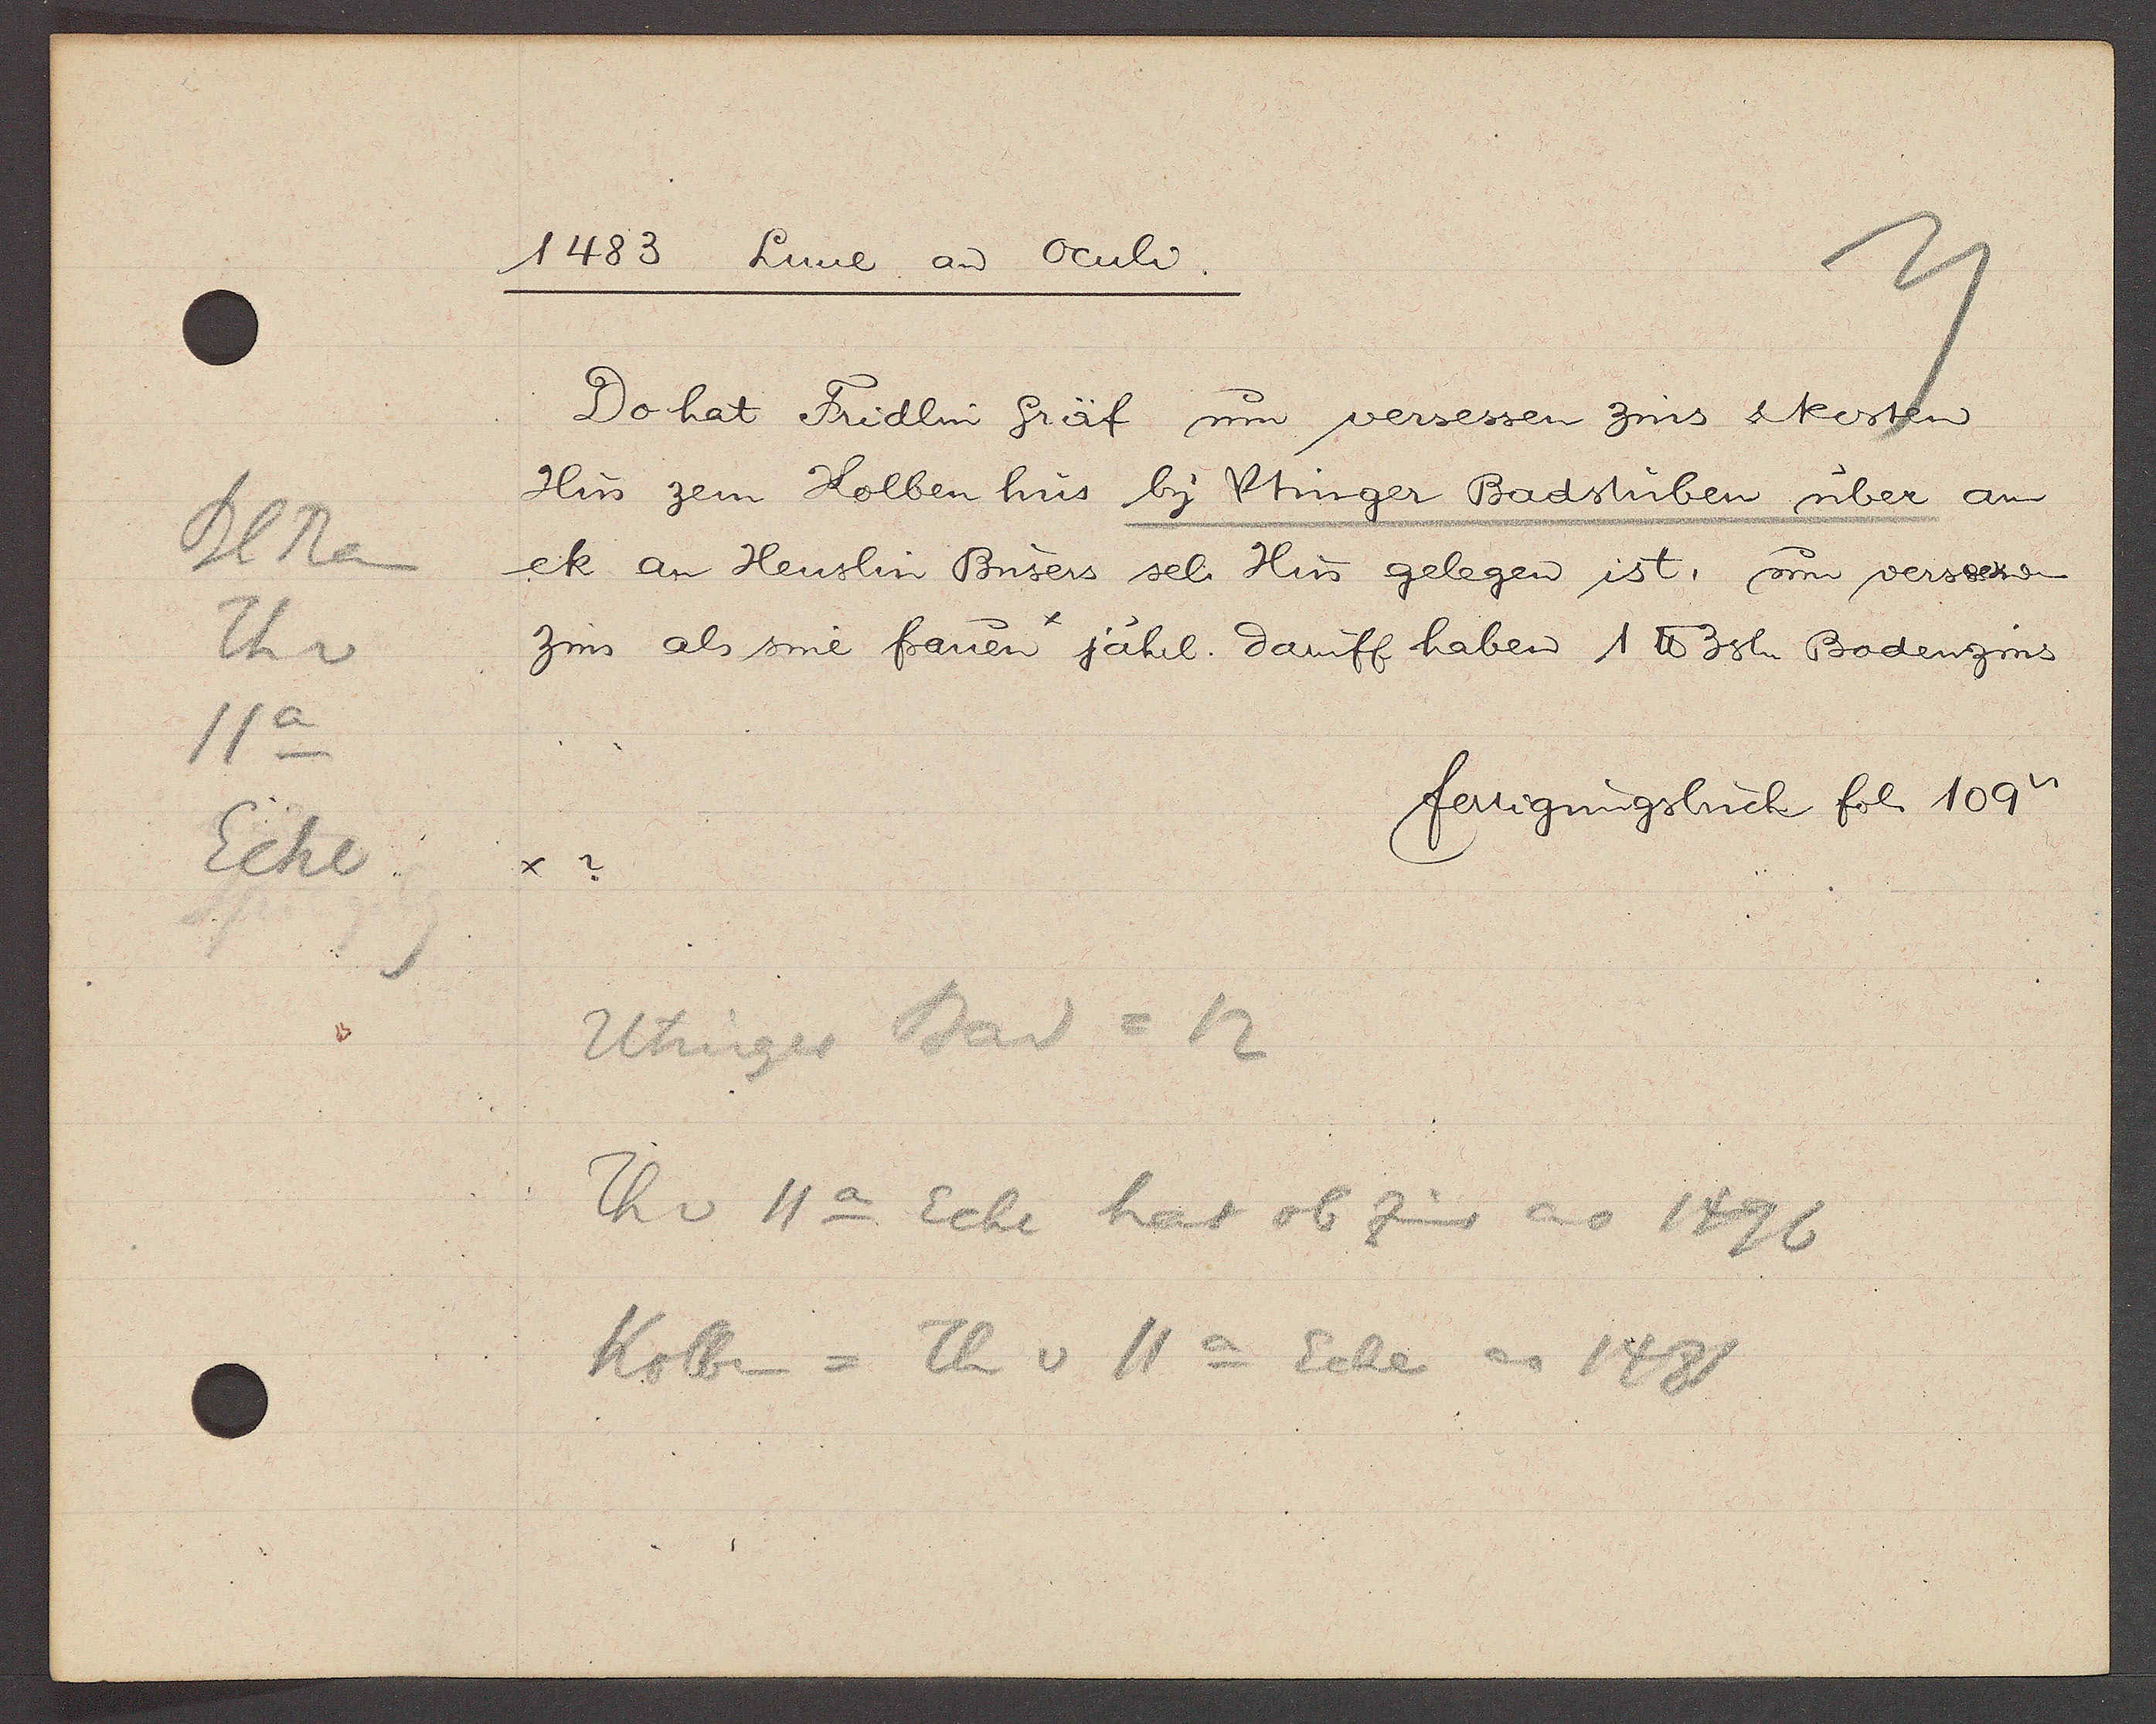
Transcript:
Bl Rain
Th v
11a
Ecke

1483 Lune an oculi.

Do hat Fridlin Gräf um versessen zins & kesten
Hus zem Kolben hus by Utinger Badstuben über am
ck an Heuslin Busers sel. Hus gelegen ist, um versessenen
zins als sine frauen jährl. daruff haben 1℔ 3sh. Bodenzins

fertigungsbuch fol. 109 v.

Utinger Bad = 12
Th v 11a Ecke hat ob Zins ao 1496
Kolben = Th v 11a Ecke ao 1481